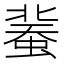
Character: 𧎕